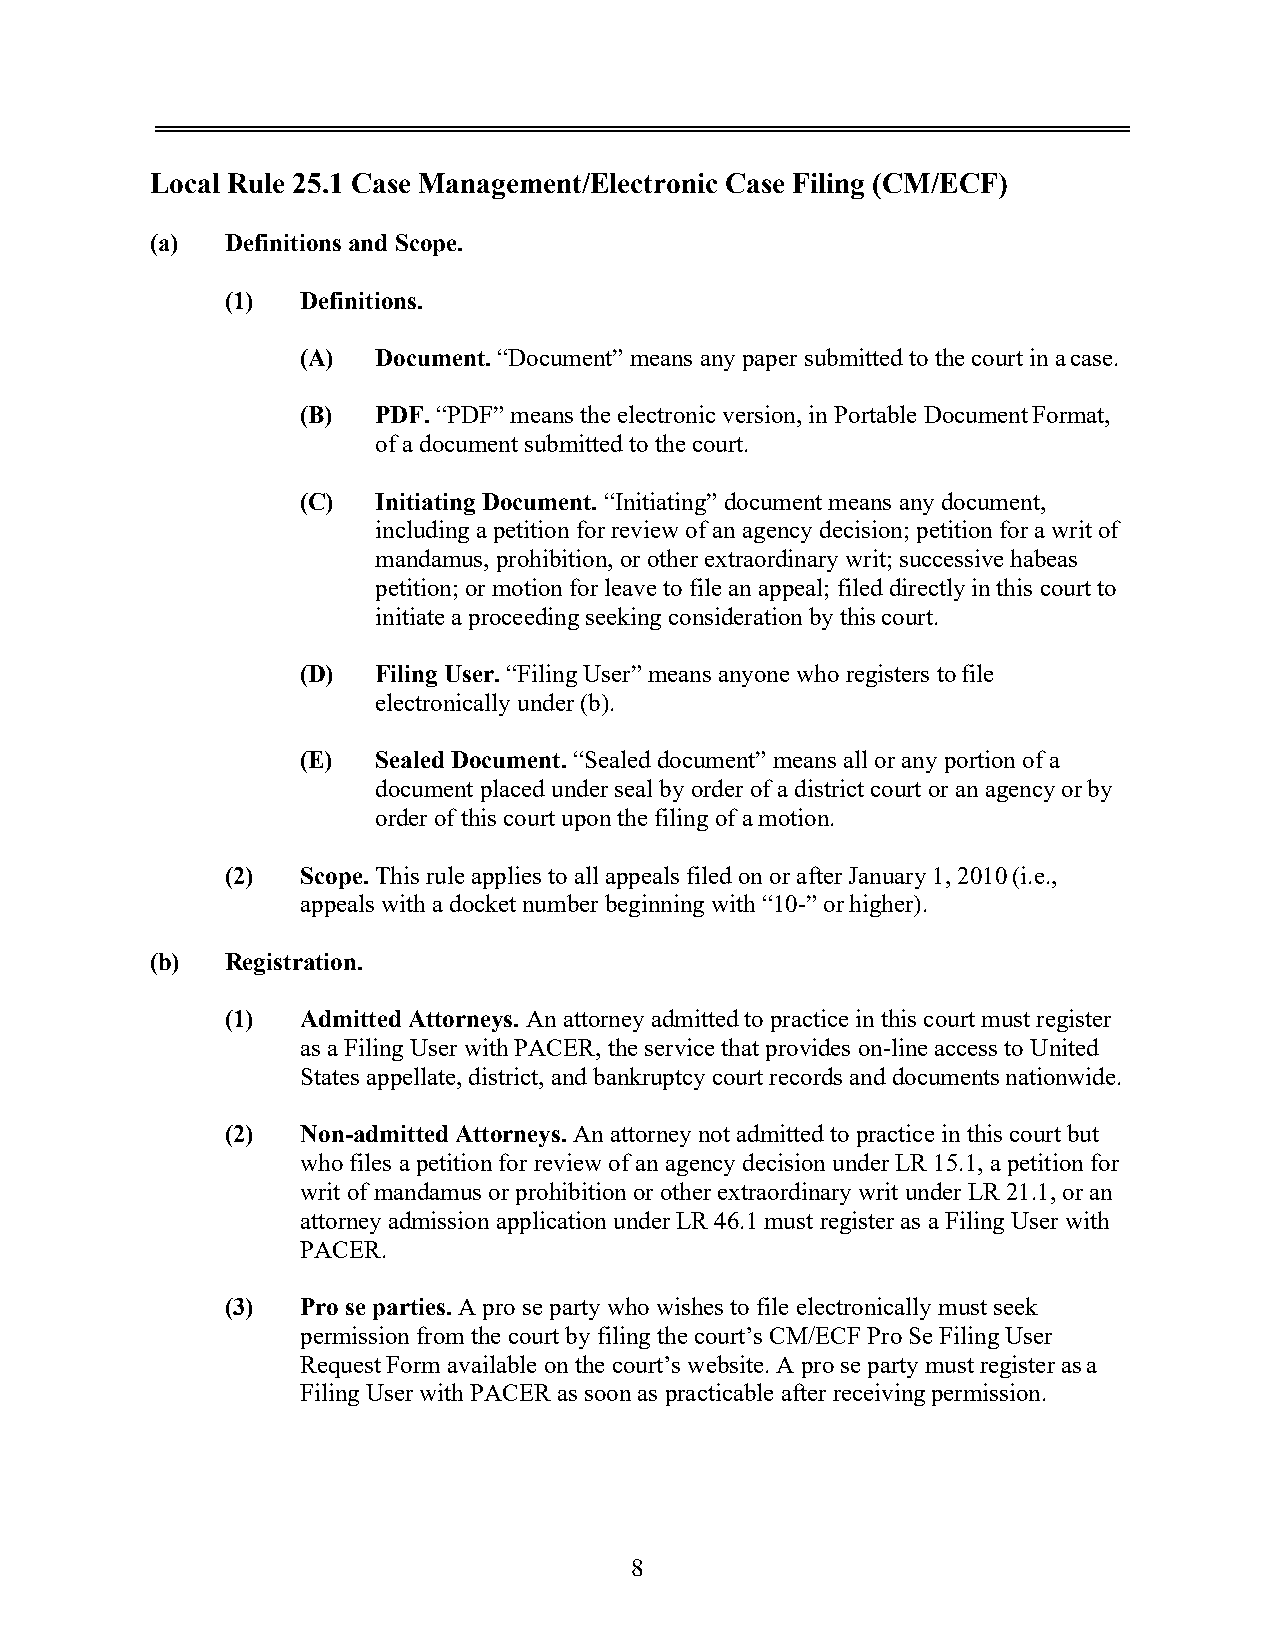
Local Rule 25.1 Case Management/Electronic Case Filing (CM/ECF)
 (a)  Definitions and Scope.
 (1)  Definitions.
 (A)  Document. “Document” means any paper submitted to the court in a case.
 (B)  PDF. “PDF” means the electronic version, in Portable Document Format,
 of a document submitted to the court.
 (C)  Initiating Document. “Initiating” document means any document,
 including a petition for review of an agency decision; petition for a writ of
 mandamus, prohibition, or other extraordinary writ; successive habeas
 petition; or motion for leave to file an appeal; filed directly in this court to
 initiate a proceeding seeking consideration by this court.
 (D)  Filing User. “Filing User” means anyone who registers to file
 electronically under (b).
 (E)  Sealed Document. “Sealed document” means all or any portion of a
 document placed under seal by order of a district court or an agency or by
 order of this court upon the filing of a motion.
 (2)  Scope. This rule applies to all appeals filed on or after January 1, 2010 (i.e.,
 appeals with a docket number beginning with “10-” or higher).
 (b)  Registration.
 (1)  Admitted Attorneys. An attorney admitted to practice in this court must register
 as a Filing User with PACER, the service that provides on-line access to United
 States appellate, district, and bankruptcy court records and documents nationwide.
 (2)  Non-admitted Attorneys. An attorney not admitted to practice in this court but
 who files a petition for review of an agency decision under LR 15.1, a petition for
 writ of mandamus or prohibition or other extraordinary writ under LR 21.1, or an
 attorney admission application under LR 46.1 must register as a Filing User with
 PACER.
 (3)  Pro se parties. A pro se party who wishes to file electronically must seek
 permission from the court by filing the court’s CM/ECF Pro Se Filing User
 Request Form available on the court’s website. A pro se party must register as a
 Filing User with PACER as soon as practicable after receiving permission.
 8